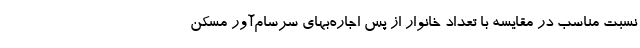
نسبت مناسب در مقایسه با تعداد خانوار از پس اجاره‌بهای سرسام‌آور مسکن